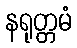
နရုတ္တမံ